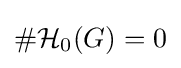
\#{\mathcal {H}}_{0}(G)=0